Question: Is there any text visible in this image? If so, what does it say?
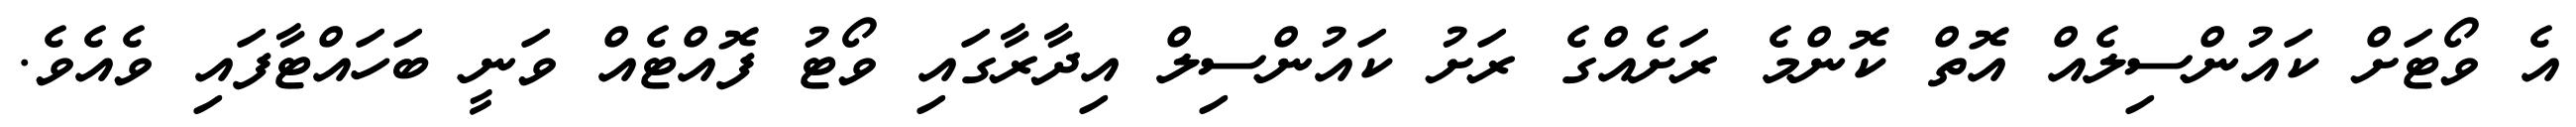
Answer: އެ ވޯޓަށް ކައުންސިލެއް އޮތް ކޮންމެ ރަށެއްގެ ރަށު ކައުންސިލް އިދާރާގައި ވޯޓު ފޮއްޓެއް ވަނީ ބަހައްޓާފައި ވެއެވެ.